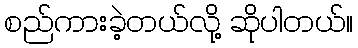
စည်ကားခဲ့တယ်လို့ ဆိုပါတယ်။